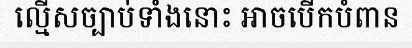
ល្មើសច្បាប់ទាំងនោះ អាចបើកបំពាន